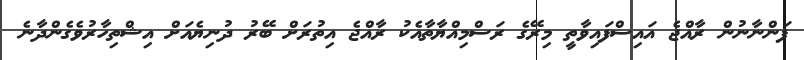
ފަންނާނުން ރާއްޖެ އައިސްފައިވާތީ މިރޭގެ ރަސްމިއްޔާތާއެކު ރާއްޖެ އިތުރަށް ބޭރު ދުނިޔެއަށް އިޝްތިހާރުވެގެންދާނެ